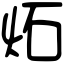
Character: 炻